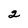
Character: 2